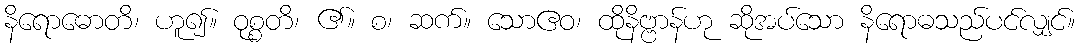
နိရောဓောတိ၊ ဟူ၍။ ဝုစ္စတိ၊ ၏။ စ၊ ဆက်။ သောဧဝ၊ ထိုနိဗ္ဗာန်ဟု ဆိုအပ်သော နိရောဓသည်ပင်လျှင်။